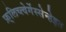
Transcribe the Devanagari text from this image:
फ़्लिच्त्वेर्गेस्सेन्हेइत